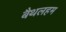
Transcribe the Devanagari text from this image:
बैथलहम